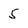
Character: 5